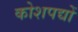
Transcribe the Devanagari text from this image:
कोशपद्यों